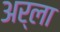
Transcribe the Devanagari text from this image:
अर्ला